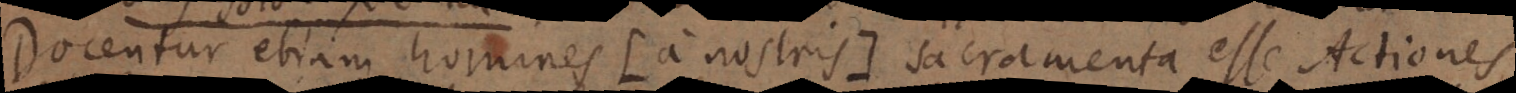
Docentur etiam homines (a nostris) sacramenta esse Actiones